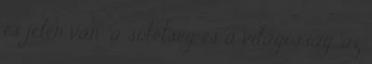
és jelen van: a sötétség és a világosság, az